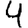
Digit: 4